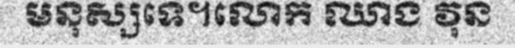
មនុស្សទេ។លោក ឈាង វុន